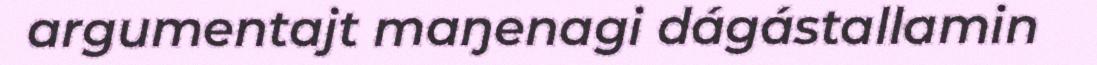
argumentajt maŋenagi dágástallamin